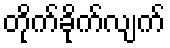
တိုက်ခိုက်လျက်